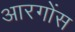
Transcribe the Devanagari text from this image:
आरगोंस